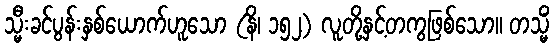
သ္မီးခင်ပွန်းနှစ်ယောက်ဟူသော (နိ၊ ၁၅၂) လူတို့နှင့်တကွဖြစ်သော။ တသ္မိံ